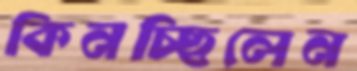
কিনচ্ছিলেন